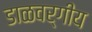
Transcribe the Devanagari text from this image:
डाळवर्गीय